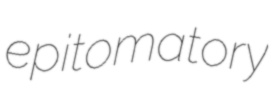
epitomatory